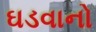
ઘડવાનો